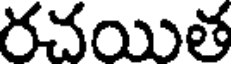
రచయిత